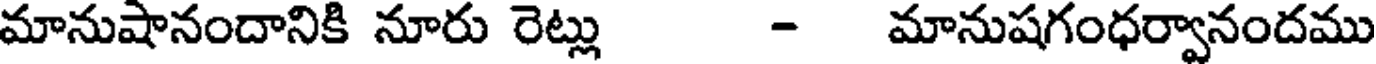
మానుషానందానికి నూరు రెట్లు - మానుషగంధర్వానందము